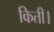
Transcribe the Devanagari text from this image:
किती।